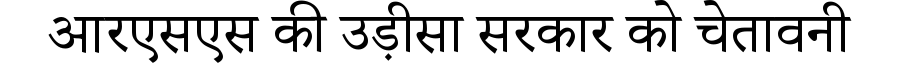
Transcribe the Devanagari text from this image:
आरएसएस की उड़ीसा सरकार को चेतावनी